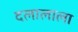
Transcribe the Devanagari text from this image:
दलालाला